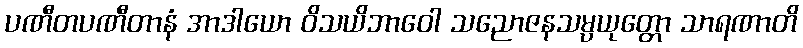
ပဏီတပဏီတာနံ အာဒါယော ဝိသယိဘာဝေါ သညောဇနသမ္ပယုတ္တော သာရဏာတိ